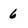
Character: 6